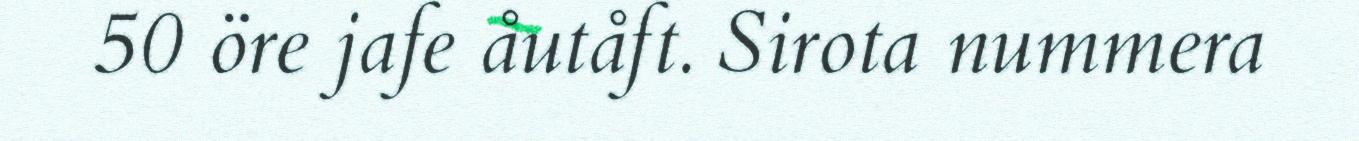
50 öre jafe åutåft. Sirota nummera